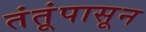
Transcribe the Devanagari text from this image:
तंतूंपासून